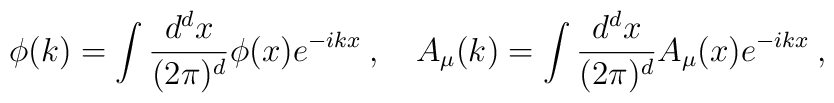
\phi(k)=\int\frac{d^dx}{(2\pi)^d}\phi(x)e^{-ikx} \> , \quad A_{\mu}(k)=\int\frac{d^dx}{(2\pi)^d}A_{\mu}(x)e^{-ikx} \> ,